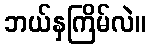
ဘယ်နှကြိမ်လဲ။